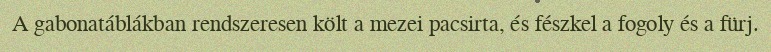
A gabonatáblákban rendszeresen költ a mezei pacsirta, és fészkel a fogoly és a fürj.